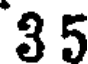
3 5